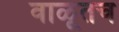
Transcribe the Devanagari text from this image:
वाळूतच